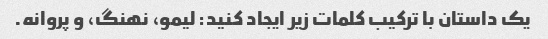
یک داستان با ترکیب کلمات زیر ایجاد کنید: لیمو، نهنگ، و پروانه.